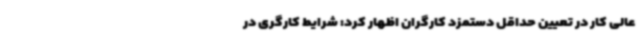
عالی کار در تعیین حداقل دستمزد کارگران اظهار کرد: شرایط کارگری در